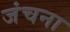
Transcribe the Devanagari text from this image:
जंचना